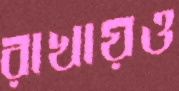
রাখায়ও